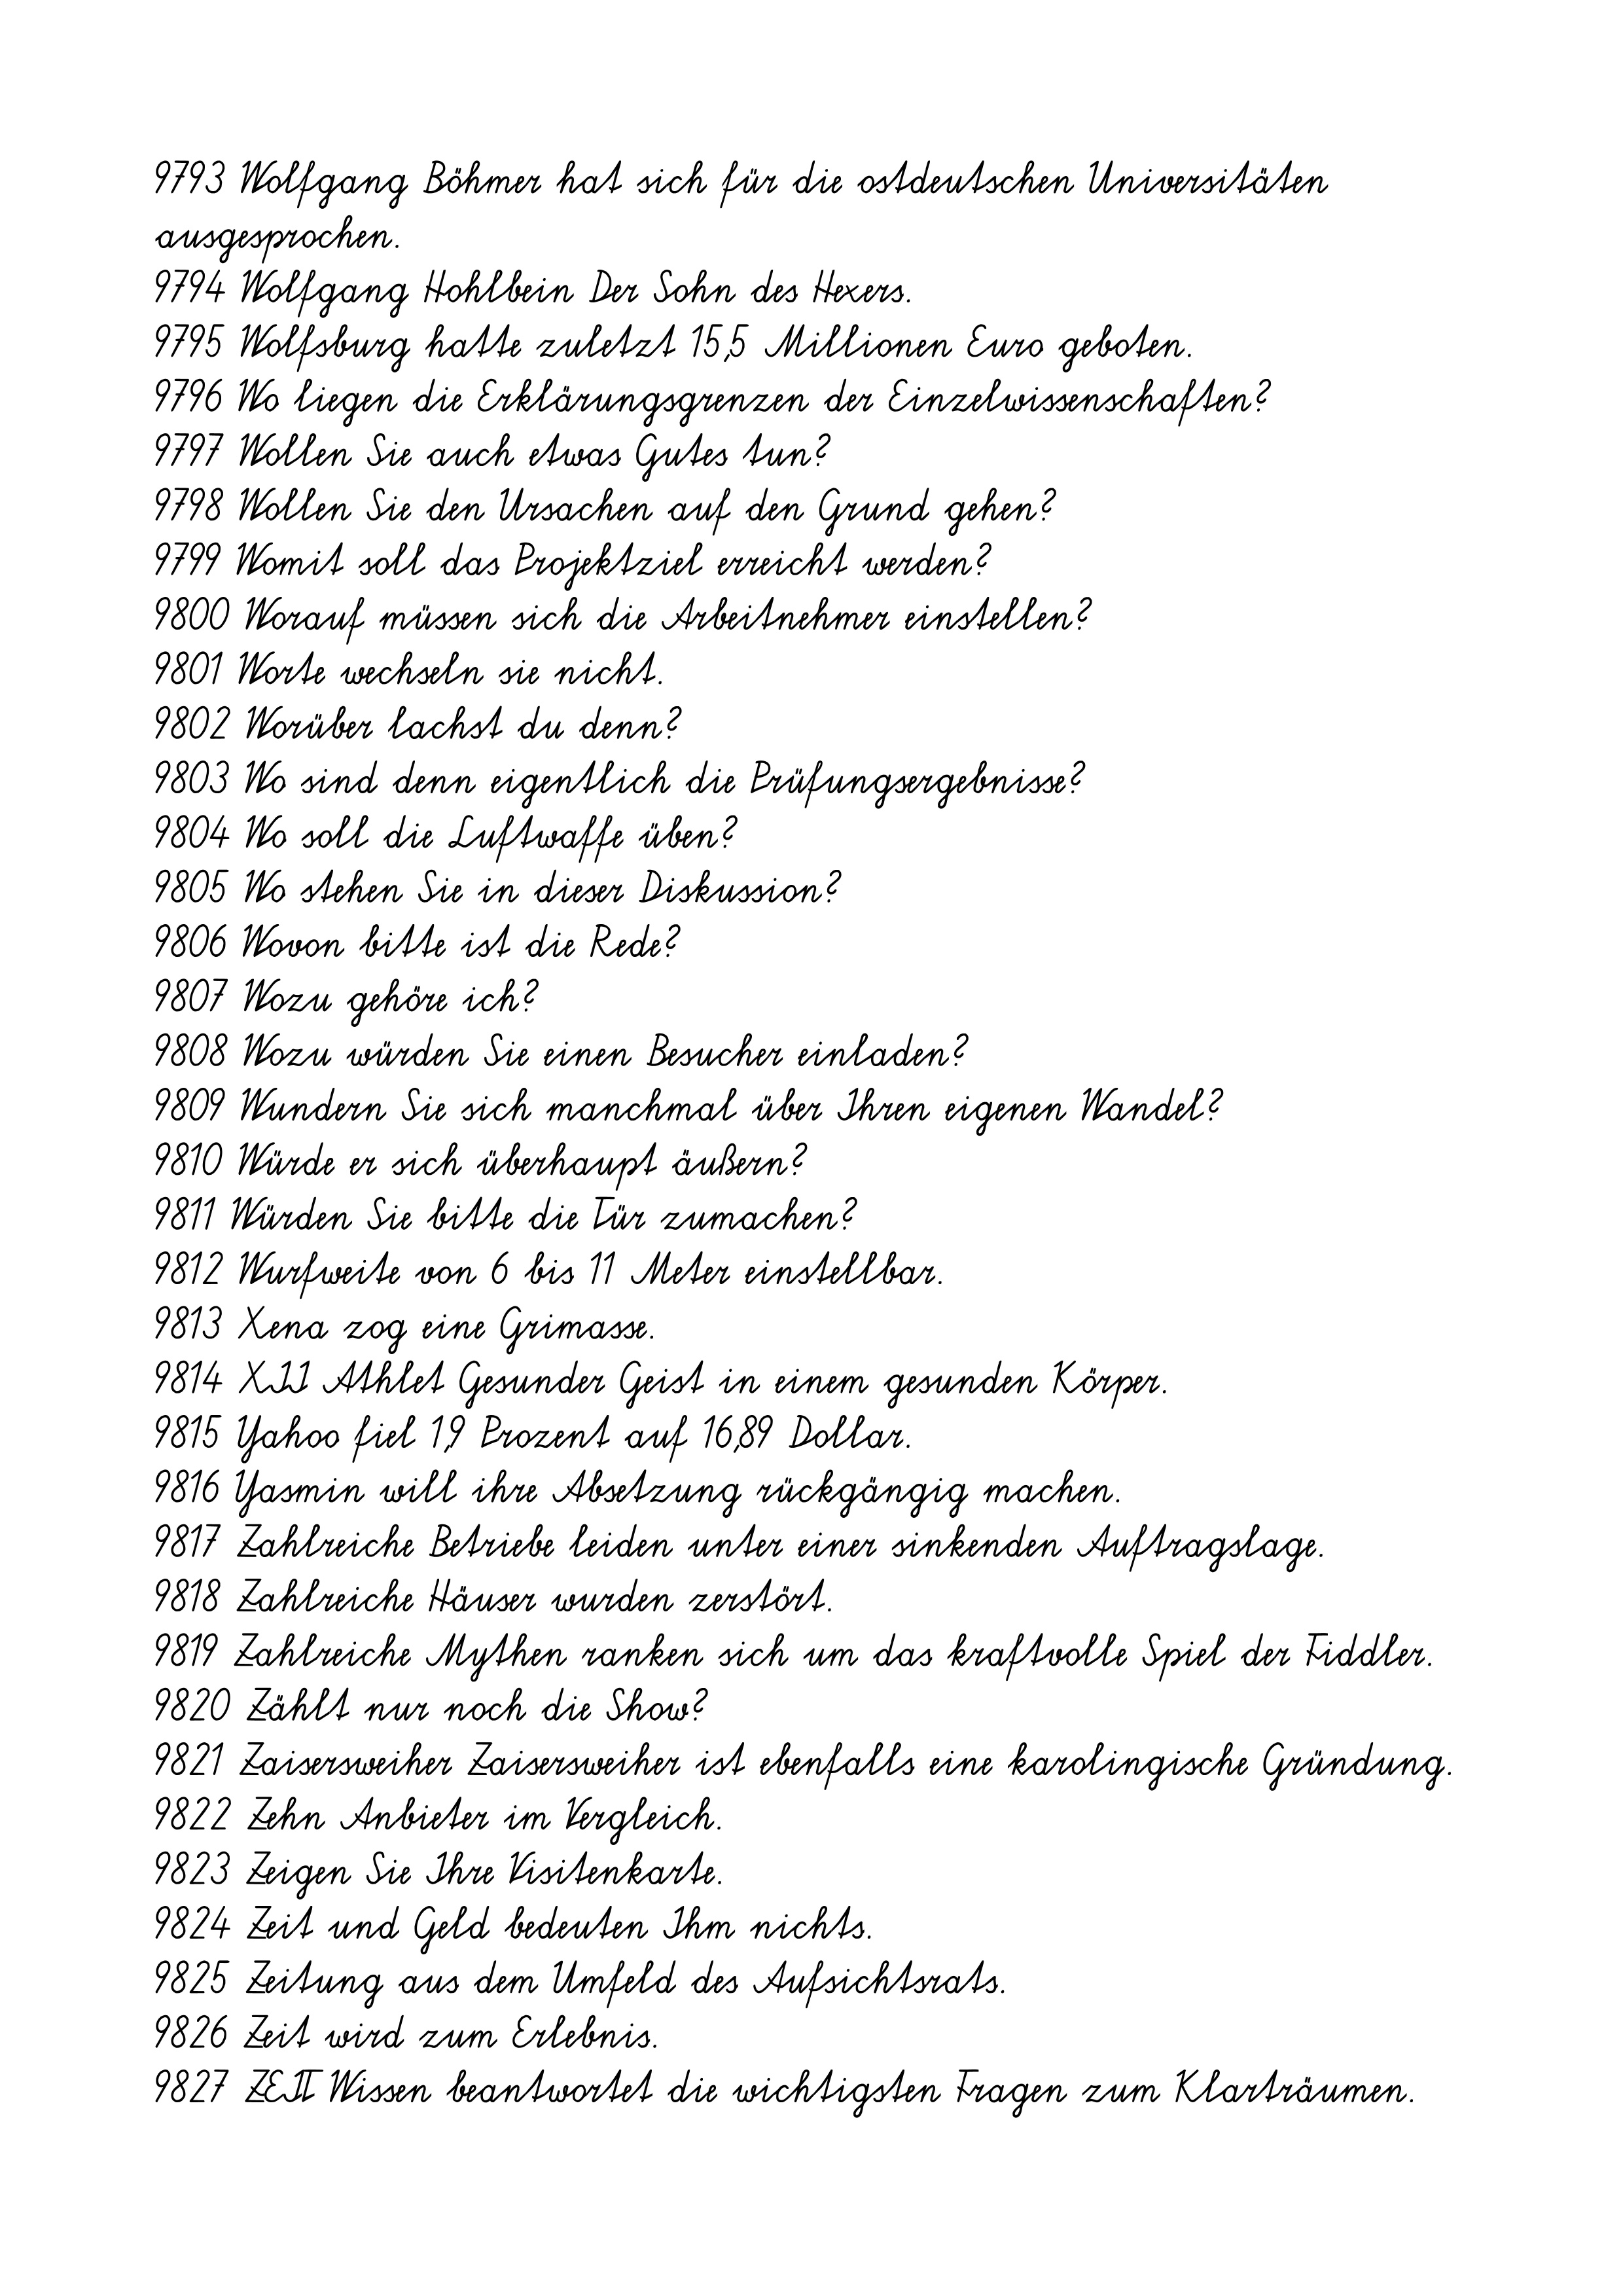
9793 Wolfgang Böhmer hat sich für die ostdeutschen Universitäten
ausgesprochen.
9794 Wolfgang Hohlbein Der Sohn des Hexers.
9795 Wolfsburg hatte zuletzt 15,5 Millionen Euro geboten.
9796 Wo liegen die Erklärungsgrenzen der Einzelwissenschaften?
9797 Wollen Sie auch etwas Gutes tun?
9798 Wollen Sie den Ursachen auf den Grund gehen?
9799 Womit soll das Projektziel erreicht werden?
9800 Worauf müssen sich die Arbeitnehmer einstellen?
9801 Worte wechseln sie nicht.
9802 Worüber lachst du denn?
9803 Wo sind denn eigentlich die Prüfungsergebnisse?
9804 Wo soll die Luftwaffe üben?
9805 Wo stehen Sie in dieser Diskussion?
9806 Wovon bitte ist die Rede?
9807 Wozu gehöre ich?
9808 Wozu würden Sie einen Besucher einladen?
9809 Wundern Sie sich manchmal über Ihren eigenen Wandel?
9810 Würde er sich überhaupt äußern?
9811 Würden Sie bitte die Tür zumachen?
9812 Wurfweite von 6 bis 11 Meter einstellbar.
9813 Xena zog eine Grimasse.
9814 XII Athlet Gesunder Geist in einem gesunden Körper.
9815 Yahoo fiel 1,9 Prozent auf 16,89 Dollar.
9816 Yasmin will ihre Absetzung rückgängig machen.
9817 Zahlreiche Betriebe leiden unter einer sinkenden Auftragslage.
9818 Zahlreiche Häuser wurden zerstört.
9819 Zahlreiche Mythen ranken sich um das kraftvolle Spiel der Fiddler.
9820 Zählt nur noch die Show?
9821 Zaisersweiher Zaisersweiher ist ebenfalls eine karolingische Gründung.
9822 Zehn Anbieter im Vergleich.
9823 Zeigen Sie Ihre Visitenkarte.
9824 Zeit und Geld bedeuten Ihm nichts.
9825 Zeitung aus dem Umfeld des Aufsichtsrats.
9826 Zeit wird zum Erlebnis.
9827 ZEIT Wissen beantwortet die wichtigsten Fragen zum Klarträumen